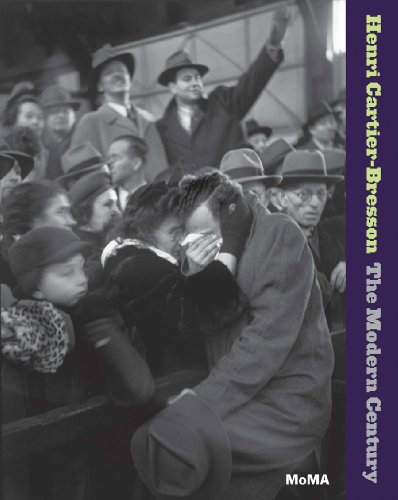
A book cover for Henri Cartier-Bresson: The Modern Century; Peter Galassi; Arts & Photography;